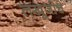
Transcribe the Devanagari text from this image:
लखूजीचे